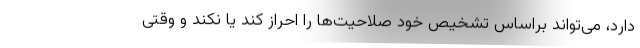
دارد، می‌تواند براساس تشخیص خود صلاحیت‌ها را احراز کند یا نکند و وقتی